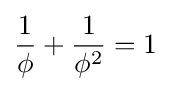
{\frac {1}{\phi }}+{\frac {1}{\phi ^{2}}}=1